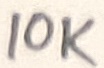
Text: 10K